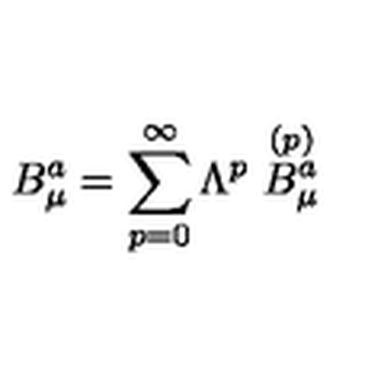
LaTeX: B _ { \mu } ^ { a } = \sum _ { p = 0 } ^ { \infty } \Lambda ^ { p } \stackrel { ( p ) } { B _ { \mu } ^ { a } }